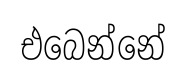
එබෙන්නේ